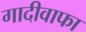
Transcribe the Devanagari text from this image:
गादीवाफा